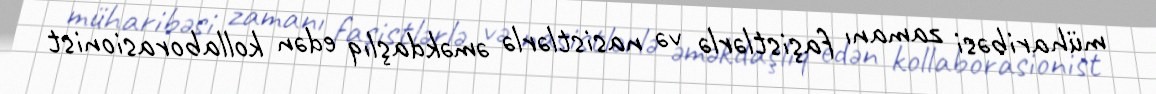
müharibəsi zamanı faşistlərlə və nasistlərlə əməkdaşlıq edən kollaborasionist